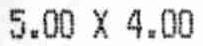
5.00 X 4.00